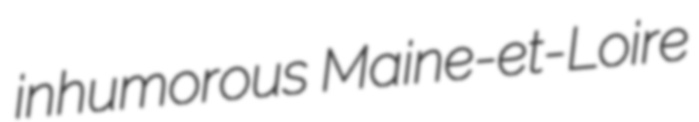
inhumorous Maine-et-Loire